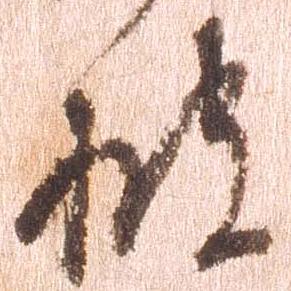
披